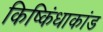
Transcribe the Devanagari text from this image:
किष्किंधाकांड